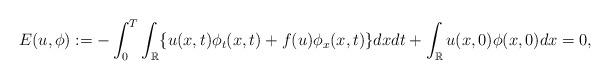
LaTeX: \begin{align*} E(u,\phi):=-\int_0^T\int_\mathbb{R}\{ u(x,t)\phi_t(x,t)+f(u)\phi_{x}(x,t)\}dxdt+\int_\mathbb{R}u(x,0)\phi(x,0) dx=0, \end{align*}